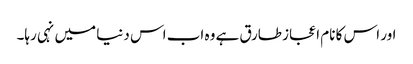
اور اس کا نام اعجاز طارق ہے وہ اب اس دنیا میں نہی رہا۔